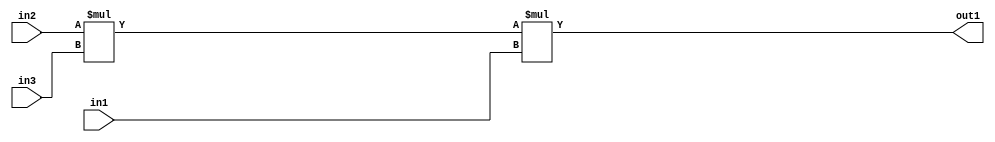
`timescale 1ps / 1ps
/*****************************************************************************
    Verilog RTL Description
    
    
    Created by: Stratus DpOpt 2019.1.01 
*******************************************************************************/

module pw_feature_addr_gen_Mul3u16u16u11_0 (
	in3,
	in2,
	in1,
	out1
	); /* architecture "behavioural" */ 
input [10:0] in3;
input [15:0] in2,
	in1;
output [31:0] out1;
wire [31:0] asc001;
wire [26:0] asc002;

assign asc002 = 
	+(in2 * in3);

assign asc001 = 
	+(asc002 * in1);

assign out1 = asc001;
endmodule

/* CADENCE  ubn1Qg8= : u9/ySgnWtBlWxVPRXgAZ4Og= ** DO NOT EDIT THIS LINE ******/